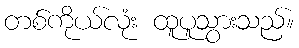
တစ်ကိုယ်လုံး ထူပူသွားသည်။